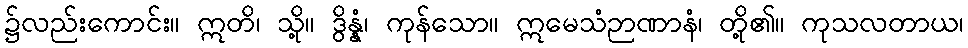
၌လည်းကောင်း။ ဣတိ၊ သို့။ ဒွိန္နံ၊ ကုန်သော။ ဣမေသံဉာဏာနံ၊ တို့၏။ ကုသလတာယ၊